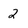
Character: 2